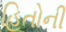
હિતોની